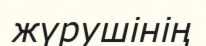
жүрушінің